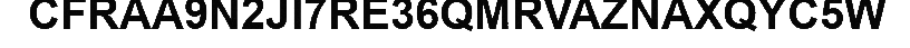
CFRAA9N2JI7RE36QMRVAZNAXQYC5W